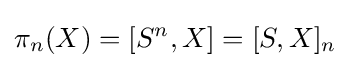
\pi _{n}(X)=[S^{n},X]=[S,X]_{n}